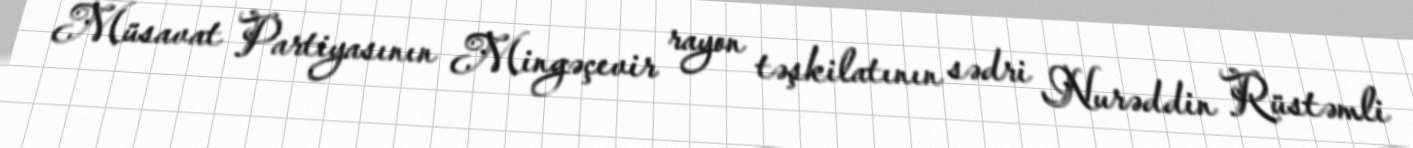
Müsavat Partiyasının Mingəçevir rayon təşkilatının sədri Nurəddin Rüstəmli